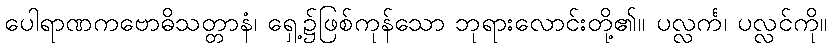
ပေါရာဏကဗောဓိသတ္တာနံ၊ ရှေ့၌ဖြစ်ကုန်သော ဘုရားလောင်းတို့၏။ ပလ္လင်္က၊ ပလ္လင်ကို။